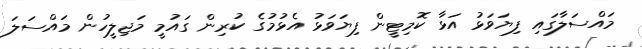
މައްސަލާގައި ފިޔަވަޅު އަޅާ ކޮމިޓީން ފިޔަވަޅު އެޅުމުގެ ކުރިން ގައުމީ މަޖިލީހުން މައްސަލަ